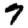
Digit: 7